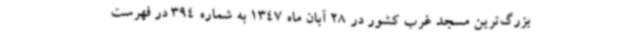
بزرگ‌ترین مسجد غرب کشور در 28 آبان ماه 1347 به شماره 394 در فهرست